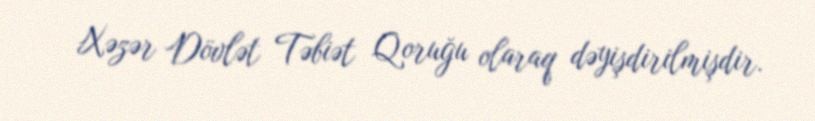
Xəzər Dövlət Təbiət Qoruğu olaraq dəyişdirilmişdir.